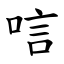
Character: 唁